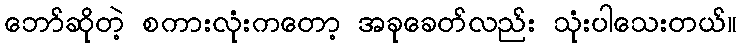
ဘော်ဆိုတဲ့ စကားလုံးကတော့ အခုခေတ်လည်း သုံးပါသေးတယ်။